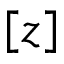
[ z ]